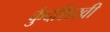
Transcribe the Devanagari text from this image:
कुँदशिखी